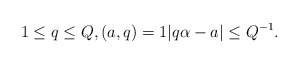
\begin{align*}1\le q\le Q,(a,q)=1|q\alpha-a|\le Q^{-1}.\end{align*}